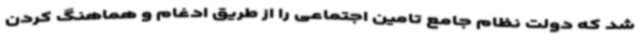
شد که دولت نظام جامع تامین اجتماعی را از طریق ادغام و هماهنگ کردن